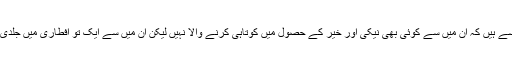
حضورؐ کے صحابہ میں سے دو صحابی ایسے ہیں کہ ان میں سے کوئی بھی نیکی اور خیر کے حصول میں کوتاہی کرنے والا نہیں لیکن ان میں سے ایک تو افطاری میں جلدی کرتے ہیں اور نماز بھی جلدی پڑھتے ہیں۔